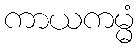
ကာယကမ္မံ